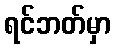
ရင်ဘတ်မှာ